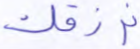
نرزقك